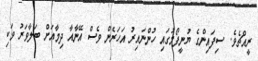
ރީއްޗެވެ. ސިފައިންގެ ޔުނީފޯމުގައި ހުންނައިރު އަހަރެން ވެސް އޭނާއާ ދިމާއަށް ބަލާވަރު ވަކި